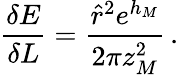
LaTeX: \frac{\delta E}{\delta L}=\frac{{\hat{r}}^{2}e^{h_{M}}}{2\pi z_{M}^{2}}\, .